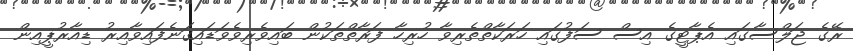
ރޭގެ ޖަލްސާގައި އެޕާޓީގެ އިސް ސަފުގައި ހަރަކާތްތެރިވާ ހުރިހާ ފަރާތްތަކުން ބައިވެރިވެވަޑައިގަނެފައިވާއިރު ޑިއާރުޕީއިން